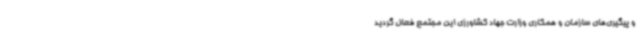
و پیگیری‌های سازمان و همکاری وزارت جهاد کشاورزی این مجتمع فعال گردید